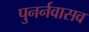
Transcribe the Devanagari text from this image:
पुनर्नवासव